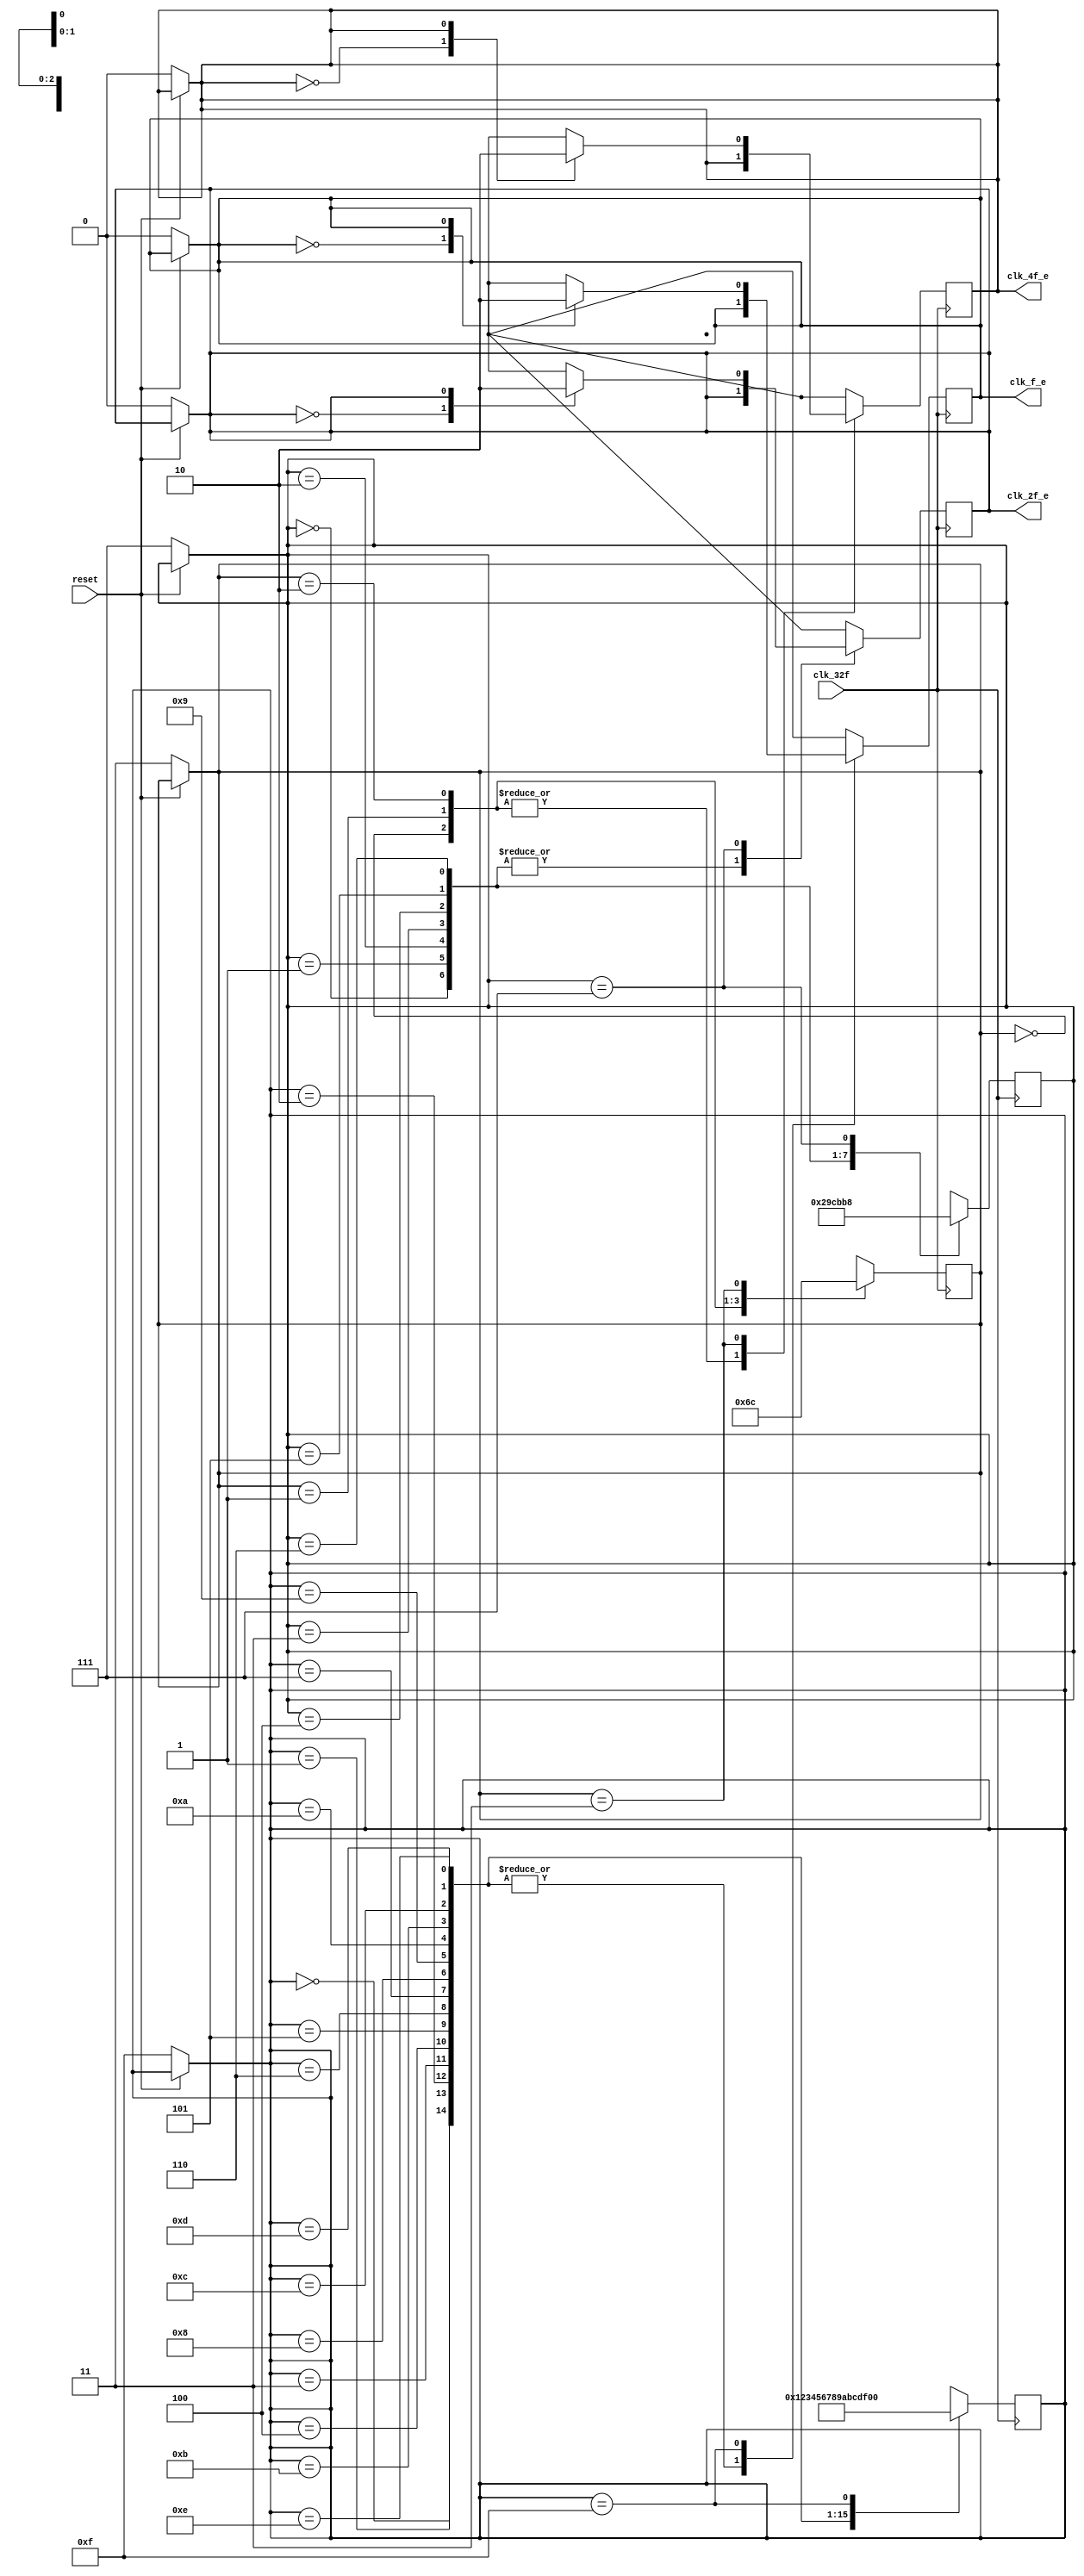
/* Generated by Yosys 0.9 (git sha1 1979e0b) */

(* top =  1  *)
(* src = "clk_generator_e.v:1" *)
module clk_generator_e(clk_32f, reset, clk_4f_e, clk_2f_e, clk_f_e);
  (* src = "clk_generator_e.v:12" *)
  reg _00_;
  (* src = "clk_generator_e.v:12" *)
  reg _01_;
  (* src = "clk_generator_e.v:12" *)
  reg _02_;
  (* src = "clk_generator_e.v:12" *)
  reg [3:0] _03_;
  (* src = "clk_generator_e.v:12" *)
  reg [2:0] _04_;
  (* src = "clk_generator_e.v:12" *)
  reg [1:0] _05_;
  (* src = "clk_generator_e.v:23" *)
  reg _06_;
  (* src = "clk_generator_e.v:23" *)
  reg _07_;
  (* src = "clk_generator_e.v:23" *)
  reg _08_;
  (* src = "clk_generator_e.v:23" *)
  reg [3:0] _09_;
  (* src = "clk_generator_e.v:23" *)
  reg [2:0] _10_;
  (* src = "clk_generator_e.v:23" *)
  reg [1:0] _11_;
  (* src = "clk_generator_e.v:13" *)
  wire _12_;
  (* src = "clk_generator_e.v:5" *)
  output clk_2f_e;
  reg clk_2f_e;
  (* src = "clk_generator_e.v:2" *)
  input clk_32f;
  (* src = "clk_generator_e.v:4" *)
  output clk_4f_e;
  reg clk_4f_e;
  (* src = "clk_generator_e.v:6" *)
  output clk_f_e;
  reg clk_f_e;
  (* src = "clk_generator_e.v:10" *)
  reg [3:0] conteo;
  (* src = "clk_generator_e.v:9" *)
  reg [2:0] conteo_2;
  (* src = "clk_generator_e.v:8" *)
  reg [1:0] conteo_4;
  (* src = "clk_generator_e.v:3" *)
  input reset;
  assign _12_ = ~(* src = "clk_generator_e.v:13" *) reset;
  always @* begin
    _04_ = conteo_2;
    _03_ = conteo;
    _02_ = clk_f_e;
    _05_ = conteo_4;
    _01_ = clk_4f_e;
    _00_ = clk_2f_e;
    (* src = "clk_generator_e.v:13" *)
    casez (_12_)
      /* src = "clk_generator_e.v:13" */
      1'h1:
        begin
          _05_ = 2'h3;
          _04_ = 3'h7;
          _03_ = 4'hf;
          _01_ = 1'h0;
          _00_ = 1'h0;
          _02_ = 1'h0;
        end
      default:
          /* empty */;
    endcase
  end
  always @* begin
      conteo_2 <= _04_;
      conteo <= _03_;
      clk_f_e <= _02_;
      conteo_4 <= _05_;
      clk_4f_e <= _01_;
      clk_2f_e <= _00_;
  end
  always @* begin
    _10_ = conteo_2;
    _09_ = conteo;
    _08_ = clk_f_e;
    _11_ = conteo_4;
    _07_ = clk_4f_e;
    _06_ = clk_2f_e;
    (* src = "clk_generator_e.v:24" *)
    casez (conteo_4)
      /* src = "clk_generator_e.v:25" */
      2'h0:
          _11_ = 2'h1;
      /* src = "clk_generator_e.v:26" */
      2'h1:
          _11_ = 2'h2;
      /* src = "clk_generator_e.v:27" */
      2'h2:
          _11_ = 2'h3;
      /* src = "clk_generator_e.v:28" */
      2'h3:
        begin
          _11_ = 2'h0;
          (* src = "clk_generator_e.v:31" *)
          casez (clk_4f_e)
            /* src = "clk_generator_e.v:32" */
            1'h0:
                _07_ = 1'h1;
            /* src = "clk_generator_e.v:33" */
            1'h1:
                _07_ = 1'h0;
            default:
                /* empty */;
          endcase
        end
      default:
          /* empty */;
    endcase
    (* src = "clk_generator_e.v:37" *)
    casez (conteo_2)
      /* src = "clk_generator_e.v:38" */
      3'h0:
          _10_ = 3'h1;
      /* src = "clk_generator_e.v:39" */
      3'h1:
          _10_ = 3'h2;
      /* src = "clk_generator_e.v:40" */
      3'h2:
          _10_ = 3'h3;
      /* src = "clk_generator_e.v:41" */
      3'h3:
          _10_ = 3'h4;
      /* src = "clk_generator_e.v:42" */
      3'h4:
          _10_ = 3'h5;
      /* src = "clk_generator_e.v:43" */
      3'h5:
          _10_ = 3'h6;
      /* src = "clk_generator_e.v:44" */
      3'h6:
          _10_ = 3'h7;
      /* src = "clk_generator_e.v:45" */
      3'h7:
        begin
          _10_ = 3'h0;
          (* src = "clk_generator_e.v:48" *)
          casez (clk_2f_e)
            /* src = "clk_generator_e.v:49" */
            1'h0:
                _06_ = 1'h1;
            /* src = "clk_generator_e.v:50" */
            1'h1:
                _06_ = 1'h0;
            default:
                /* empty */;
          endcase
        end
      default:
          /* empty */;
    endcase
    (* src = "clk_generator_e.v:54" *)
    casez (conteo)
      /* src = "clk_generator_e.v:55" */
      4'h0:
          _09_ = 4'h1;
      /* src = "clk_generator_e.v:56" */
      4'h1:
          _09_ = 4'h2;
      /* src = "clk_generator_e.v:57" */
      4'h2:
          _09_ = 4'h3;
      /* src = "clk_generator_e.v:58" */
      4'h3:
          _09_ = 4'h4;
      /* src = "clk_generator_e.v:59" */
      4'h4:
          _09_ = 4'h5;
      /* src = "clk_generator_e.v:60" */
      4'h5:
          _09_ = 4'h6;
      /* src = "clk_generator_e.v:61" */
      4'h6:
          _09_ = 4'h7;
      /* src = "clk_generator_e.v:62" */
      4'h7:
          _09_ = 4'h8;
      /* src = "clk_generator_e.v:63" */
      4'h8:
          _09_ = 4'h9;
      /* src = "clk_generator_e.v:64" */
      4'h9:
          _09_ = 4'ha;
      /* src = "clk_generator_e.v:65" */
      4'ha:
          _09_ = 4'hb;
      /* src = "clk_generator_e.v:66" */
      4'hb:
          _09_ = 4'hc;
      /* src = "clk_generator_e.v:67" */
      4'hc:
          _09_ = 4'hd;
      /* src = "clk_generator_e.v:68" */
      4'hd:
          _09_ = 4'he;
      /* src = "clk_generator_e.v:69" */
      4'he:
          _09_ = 4'hf;
      /* src = "clk_generator_e.v:70" */
      4'hf:
        begin
          _09_ = 4'h0;
          (* src = "clk_generator_e.v:73" *)
          casez (clk_f_e)
            /* src = "clk_generator_e.v:74" */
            1'h0:
                _08_ = 1'h1;
            /* src = "clk_generator_e.v:75" */
            1'h1:
                _08_ = 1'h0;
            default:
                /* empty */;
          endcase
        end
      default:
          /* empty */;
    endcase
  end
  always @(posedge clk_32f) begin
      conteo_2 <= _10_;
      conteo <= _09_;
      clk_f_e <= _08_;
      conteo_4 <= _11_;
      clk_4f_e <= _07_;
      clk_2f_e <= _06_;
  end
endmodule